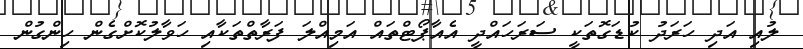
ލުއި އަދި ހަރަދު ކުޑަގޮތަކީ ސަރަހައްދީ އެއާޕޯޓްތައް އަމިއްލަ ފަރާތްތަކާއި ހަވާލުކޮށްގެން ހިންގުން